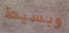
وبسيط